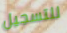
للتسجيل